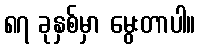
၈၇ ခုနှစ်မှာ မွေးတာပါ။